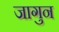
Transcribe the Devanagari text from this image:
जागुन